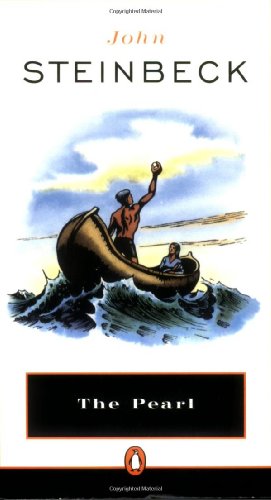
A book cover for The Pearl; John Steinbeck; Literature & Fiction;